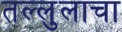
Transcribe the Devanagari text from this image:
तल्लुलाचा